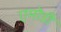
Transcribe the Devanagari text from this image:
एमोडी